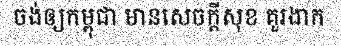
ចង់ឲ្យកម្ពុជា មានសេចក្តីសុខ គួរងាក